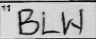
Transcription: BLW